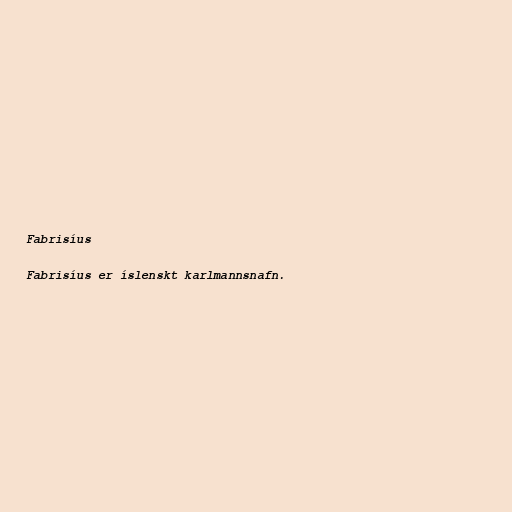
Fabrisíus

Fabrisíus er íslenskt karlmannsnafn.